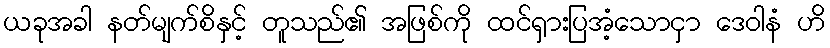
ယခုအခါ နတ်မျက်စိနှင့် တူသည်၏ အဖြစ်ကို ထင်ရှားပြအံ့သောငှာ ဒေဝါနံ ဟိ